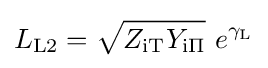
L_{\mathrm {L2} }={\sqrt {Z_{\mathrm {iT} }Y_{\mathrm {i\Pi } }}}\ e^{\gamma _{\mathrm {L} }}